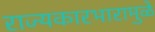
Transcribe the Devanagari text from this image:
राज्यकारभारामुळे